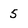
Character: 5